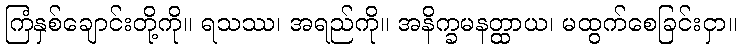
ကြံနှစ်ချောင်းတို့ကို။ ရသဿ၊ အရည်ကို။ အနိက္ခမနတ္ထာယ၊ မထွက်စေခြင်းငှာ။